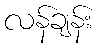
လန်ချန်း